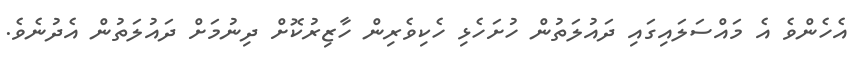
އެހެންވެ އެ މައްސަލައިގައި ދައުލަތުން ހުށަހެޅި ހެކިވެރިން ހާޒިރުކޮށް ދިނުމަށް ދައުލަތުން އެދުނެވެ.